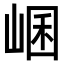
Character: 𡸙